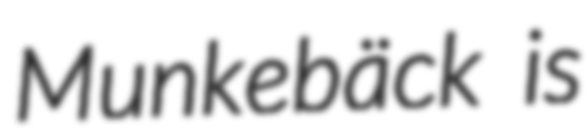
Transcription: Munkebäck is